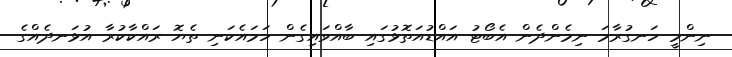
ނިންމީ ހަނގުރާމަ ނިމެންދެން އެބޯޓު އައްޑުއަތޮޅުގައި ބާއްވައިގެން ހަމައެކަނި ތެޔޮ ރައްކާކުރާ އުޅަނދެއްގެ